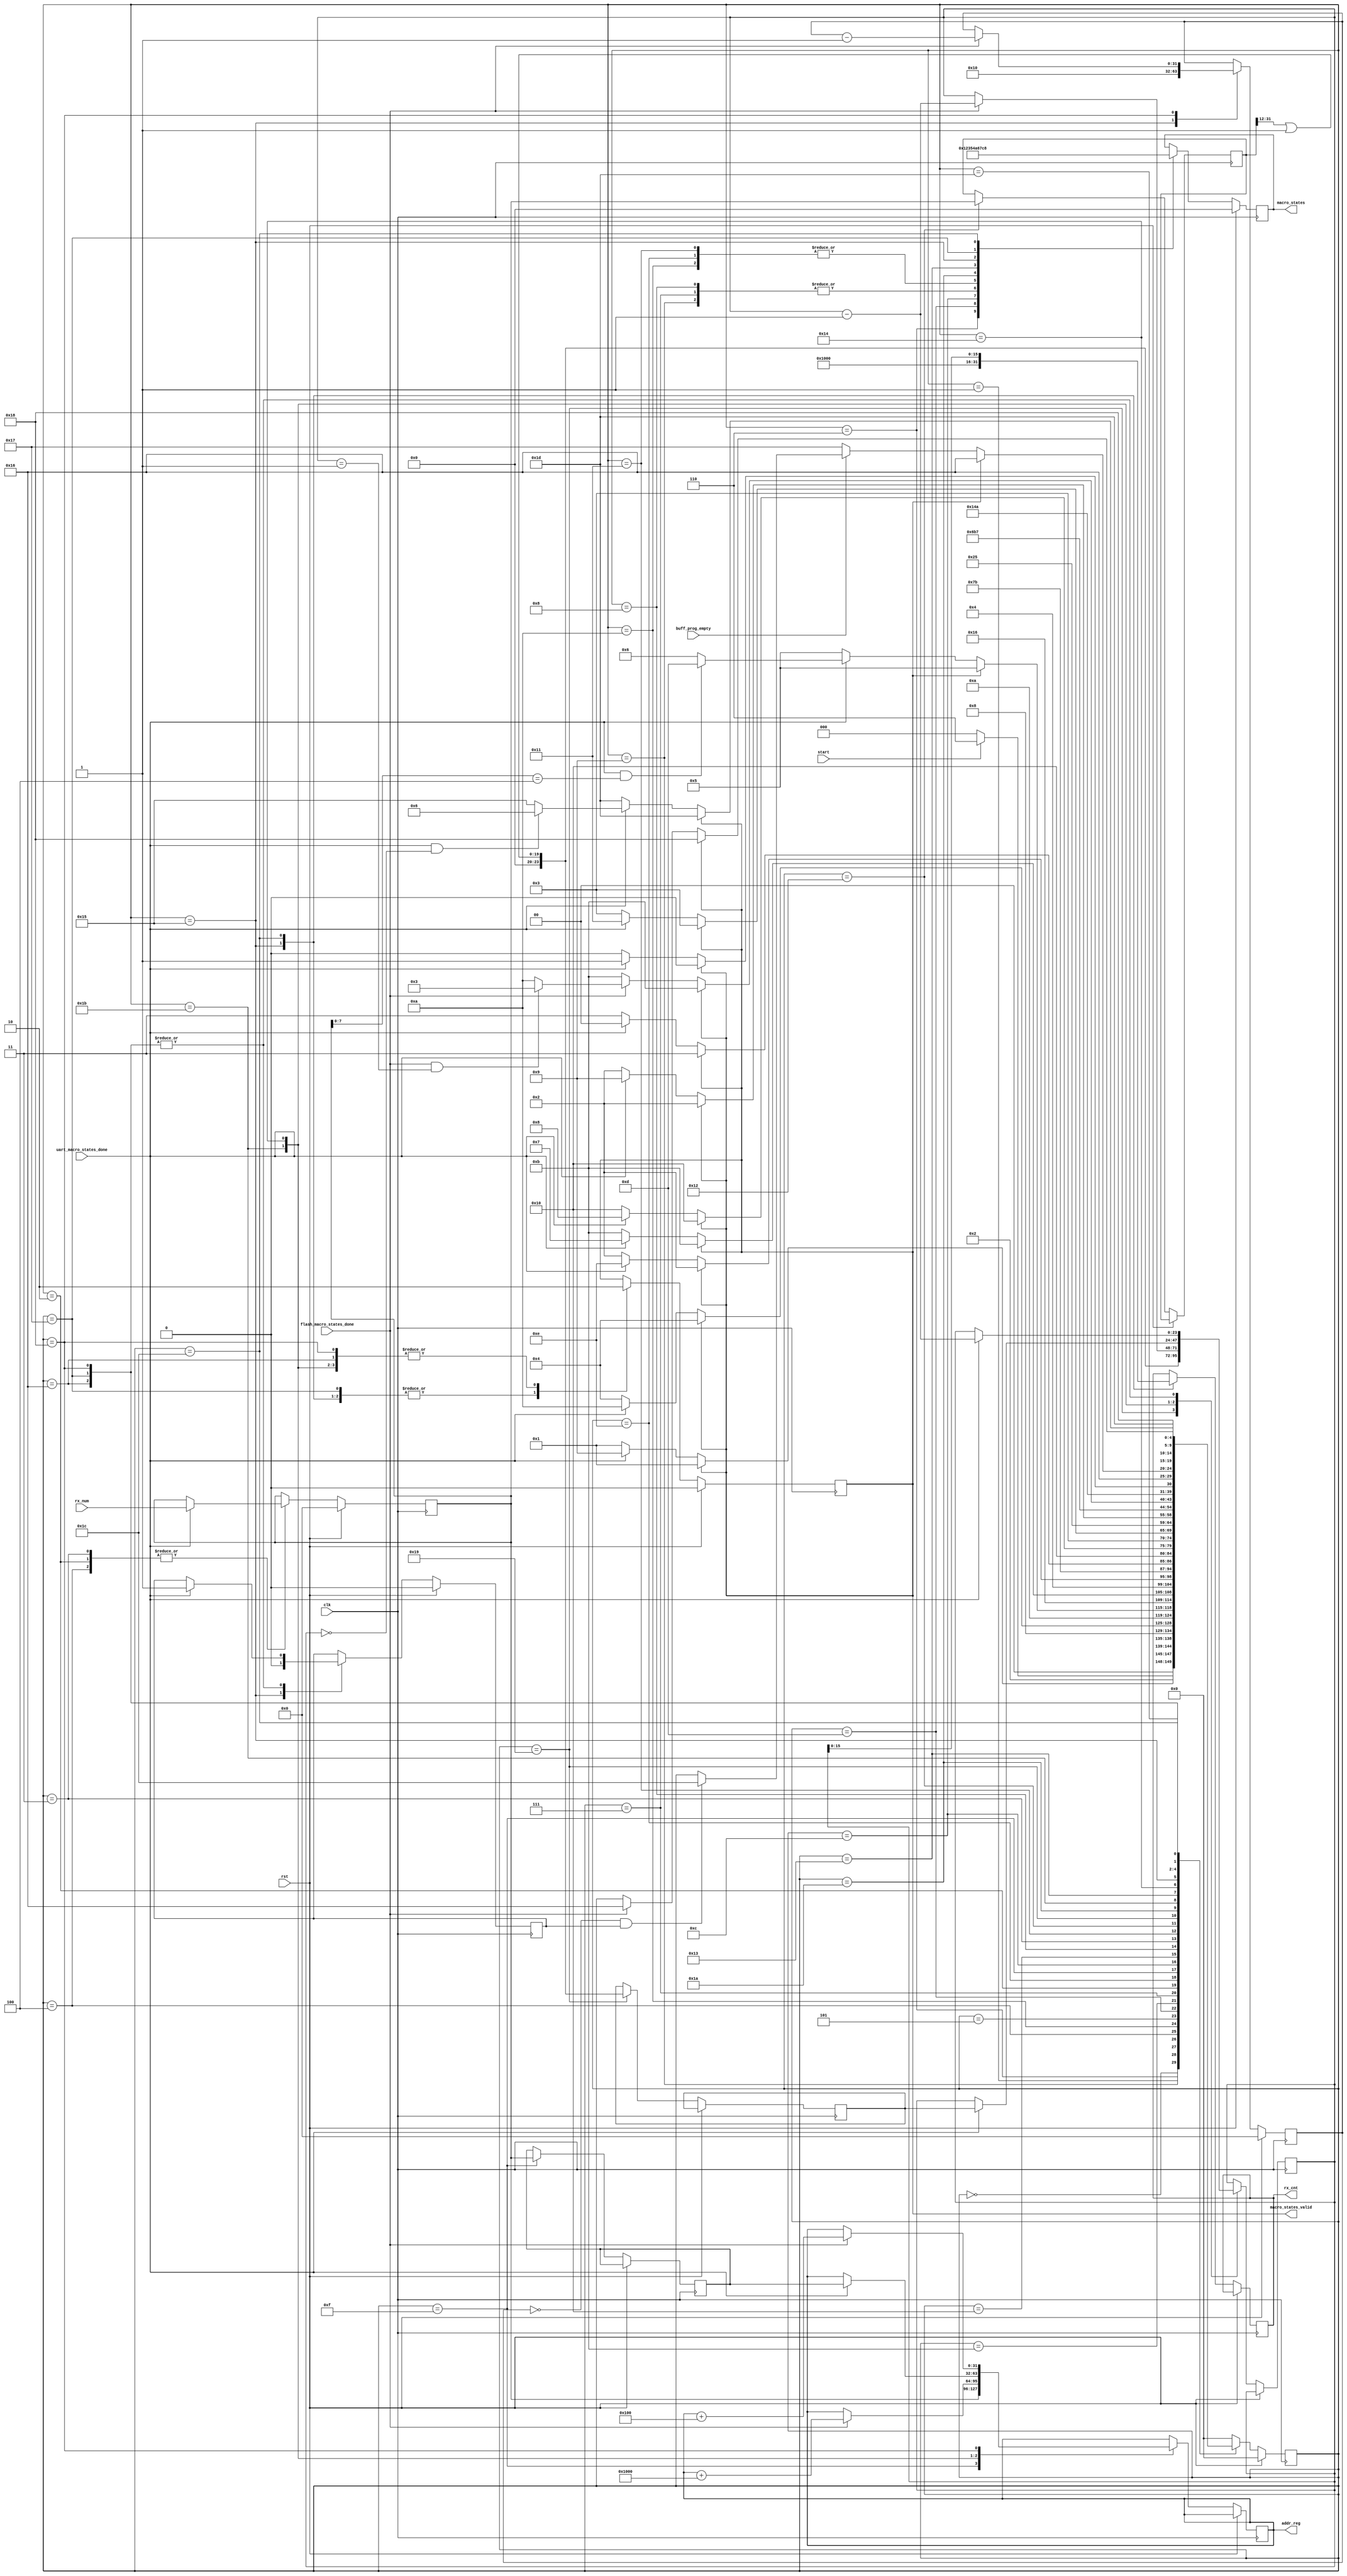
`timescale 1ns / 1ps
//////////////////////////////////////////////////////////////////////////////////
//////////////////////////////////////////////////////////////////////////////////
module macro_state_machine
(
    input                   clk,             	// Clock signal
    input                   rst,            	// Active-high, synchronous reset
    input                   start,
    output reg [3:0]        macro_states,
    output reg              macro_states_valid,
    input                   uart_macro_states_done,
    input                   flash_macro_states_done,
    input                   buff_prog_empty,
    input [31:0]            rx_num,
    output reg [15:0]       rx_cnt,
    output reg [31:0]       addr_reg
);

reg [31:0]       data_len_reg;
reg [23:0]       sec4kB_len_reg;
reg [23:0]       sec4kB_len_cnt;
reg [31:0]       start_addr_reg;

parameter IDLE       = 5'b00000;
parameter SetMenu    = 5'b00110;
parameter WtSMUEnd   = 5'b00001;
parameter QstMenu    = 5'b01001;
parameter WtQMuEnd   = 5'b00100;
parameter SetQMLn    = 5'b01010;
parameter WtSQMLnEnd = 5'b00101;
parameter SetAddr    = 5'b01101;
parameter WtSAddrEnd = 5'b01011;
parameter QstAddr    = 5'b00111;
parameter WtQAddrEnd = 5'b00010;
parameter SAddrLn    = 5'b01110;
parameter WtSADLnEnd = 5'b01111;
parameter SetDatLen  = 5'b01100;
parameter WtSDataEnd = 5'b10000;
parameter QstLen     = 5'b01000;
parameter WtQLenEnd  = 5'b00011;
parameter SDataLn    = 5'b10001;
parameter WtSDaLnEnd = 5'b10010;
parameter SetReadFl  = 5'b10011;
parameter WtSRdFlEnd = 5'b10100;
parameter Qst4kFl    = 5'b10101;
parameter WtQ4kFlEnd = 5'b10110;
parameter SetFlashWrPg = 5'b10111;
parameter WtFshPgEnd = 5'b11000;
parameter Calc4kBSec = 5'b11001;
parameter ERS4kBSec  = 5'b11010;
parameter WtERs4kBSec = 5'b11011;
parameter SetAck      = 5'b11100;
parameter WtSSetAck   = 5'b11101;

//macro_states
parameter SetUARTMenu   = 4'h1;
parameter SetUARTAddr   = 4'h2;
parameter SetUARTData   = 4'h3;
parameter SendUARTNewLn = 4'h4;
parameter WaitUARTMsg   = 4'h5;
parameter SetUARTRdFl   = 4'h6;
parameter BuffUART      = 4'h7;
parameter SetUARTAck    = 4'h8;

parameter FlashERS4kB   = 4'hA;
parameter FlashRdID     = 4'hB;
parameter FlashWrPg     = 4'hC;
parameter FlashRdPg     = 4'hD;
parameter FlashRdSR     = 4'hE;
parameter FlashRdFR     = 4'hF;

//Flash
parameter PgByteWidth       = 8;
parameter PgByteCnt         = 2**PgByteWidth;
parameter Sect4kBWidth      = 12;
parameter Sect4kBCnt        = 2**Sect4kBWidth;

reg [31:0]  rx_num_reg;
reg [31:0]  pg_cnt;
reg         SecRcvAck;

reg [4:0]   states;
always @(posedge clk)
   if (rst) begin
      states <= IDLE;

      macro_states = 0;
      macro_states_valid = 0;
      rx_num_reg = 0;
      pg_cnt = 0;
      SecRcvAck = 0;
   end
   else
      case (states)
         IDLE : begin
            if (start == 1)
               states <= SetMenu;
            else
               states <= IDLE;
         end
         SetMenu : begin
            if (0)
               states <= IDLE;
            else
               states <= WtSMUEnd;

            macro_states = SetUARTMenu;
            macro_states_valid = 1;
         end
         WtSMUEnd : begin
            if (macro_states_valid)
               states <= WtSMUEnd;
            else if (~uart_macro_states_done)
               states <= WtSMUEnd;
            else if(uart_macro_states_done)
               states <= QstMenu;

            macro_states_valid = 0;
         end
         QstMenu : begin
            if (0)
               states <= IDLE;
            else
               states <= WtQMuEnd;

            macro_states = WaitUARTMsg;
            macro_states_valid = 1;
         end
         WtQMuEnd : begin
            if (macro_states_valid)
               states <= WtQMuEnd;
            else if (~uart_macro_states_done)
               states <= WtQMuEnd;
            else if(uart_macro_states_done)
               states <= SetQMLn;

            macro_states_valid = 0;
            if(uart_macro_states_done)
                rx_num_reg = rx_num;
         end
         SetQMLn : begin
            if (0)
               states <= IDLE;
            else
               states <= WtSQMLnEnd;

            macro_states = SendUARTNewLn;
            macro_states_valid = 1;
         end
         WtSQMLnEnd : begin
            if (macro_states_valid)
               states <= WtSQMLnEnd;
            else if (~uart_macro_states_done)
               states <= WtSQMLnEnd;
            else if(uart_macro_states_done && rx_num_reg[7:0] == 4)
               states <= SetAddr;
            else if(uart_macro_states_done)
               states <= SetMenu;

            macro_states_valid = 0;
         end
         SetAddr : begin
            if (0)
               states <= IDLE;
            else
               states <= WtSAddrEnd;

            macro_states = SetUARTAddr;
            macro_states_valid = 1;
         end
         WtSAddrEnd : begin
            if (macro_states_valid)
               states <= WtSAddrEnd;
            else if (~uart_macro_states_done)
               states <= WtSAddrEnd;
            else if(uart_macro_states_done)
               states <= QstAddr;

            macro_states_valid = 0;
         end
         QstAddr : begin
            if (0)
               states <= IDLE;
            else
               states <= WtQAddrEnd;

            macro_states = WaitUARTMsg;
            macro_states_valid = 1;
         end
         WtQAddrEnd : begin
            if (macro_states_valid)
               states <= WtQAddrEnd;
            else if (~uart_macro_states_done)
               states <= WtQAddrEnd;
            else if(uart_macro_states_done)
               states <= SAddrLn;

            macro_states_valid = 0;
            if(uart_macro_states_done)
                rx_num_reg = rx_num;
         end
         SAddrLn : begin
            if (0)
               states <= IDLE;
            else
               states <= WtSADLnEnd;

            macro_states = SendUARTNewLn;
            macro_states_valid = 1;
         end
         WtSADLnEnd : begin
            if (macro_states_valid)
               states <= WtSADLnEnd;
            else if (~uart_macro_states_done)
               states <= WtSADLnEnd;
            else if(uart_macro_states_done)
               states <= SetDatLen;

            addr_reg = rx_num_reg;
            start_addr_reg = rx_num_reg;
            macro_states_valid = 0;
         end
         SetDatLen : begin
            if (0)
               states <= IDLE;
            else
               states <= WtSDataEnd;

            macro_states = SetUARTData;
            macro_states_valid = 1;
         end
         WtSDataEnd : begin
            if (macro_states_valid)
               states <= WtSDataEnd;
            else if (~uart_macro_states_done)
               states <= WtSDataEnd;
            else if(uart_macro_states_done)
               states <= QstLen;

            macro_states_valid = 0;
         end
         QstLen : begin
            if (0)
               states <= IDLE;
            else
               states <= WtQLenEnd;

            macro_states = WaitUARTMsg;
            macro_states_valid = 1;
         end
         WtQLenEnd : begin
            if (macro_states_valid)
               states <= WtQLenEnd;
            else if (~uart_macro_states_done)
               states <= WtQLenEnd;
            else if(uart_macro_states_done)
               states <= SDataLn;

            macro_states_valid = 0;
            if(uart_macro_states_done)
                rx_num_reg = rx_num;
         end
         SDataLn : begin
            if (0)
               states <= IDLE;
            else
               states <= WtSDaLnEnd;

            macro_states = SendUARTNewLn;
            macro_states_valid = 1;
         end
         WtSDaLnEnd : begin
            if (macro_states_valid)
               states <= WtSDaLnEnd;
            else if (~uart_macro_states_done)
               states <= WtSDaLnEnd;
            else if(uart_macro_states_done)
               states <= Calc4kBSec;

            data_len_reg = rx_num_reg;
            macro_states_valid = 0;
         end
         Calc4kBSec : begin
            if (0)
               states <= IDLE;
            else
               states <= ERS4kBSec;

            sec4kB_len_reg = (data_len_reg >> Sect4kBWidth) | 24'b1;
            sec4kB_len_cnt = (data_len_reg >> Sect4kBWidth) | 24'b1;
         end
         ERS4kBSec : begin
            if (0)
               states <= IDLE;
            else
               states <= WtERs4kBSec;

            macro_states = FlashERS4kB;
            macro_states_valid = 1;
         end
         WtERs4kBSec : begin
            if (macro_states_valid)
               states <= WtERs4kBSec;
            else if (~flash_macro_states_done)
               states <= WtERs4kBSec;
            else if(flash_macro_states_done && sec4kB_len_cnt == 1)
               states <= SetReadFl;
            else if(flash_macro_states_done)
               states <= ERS4kBSec;

            macro_states_valid = 0;
            if(flash_macro_states_done)
            begin
                addr_reg = addr_reg + Sect4kBCnt;
                sec4kB_len_cnt = sec4kB_len_cnt - 1;
            end
         end
         SetReadFl : begin
            if (0)
               states <= IDLE;
            else
               states <= WtSRdFlEnd;

            macro_states = SetUARTRdFl;
            macro_states_valid = 1;
         end
         WtSRdFlEnd : begin
            if (macro_states_valid)
               states <= WtSRdFlEnd;
            else if (~uart_macro_states_done)
               states <= WtSRdFlEnd;
            else if(uart_macro_states_done)
               states <= Qst4kFl;

            if(uart_macro_states_done)
            begin
                addr_reg = start_addr_reg;
                sec4kB_len_cnt = sec4kB_len_reg;
            end
            macro_states_valid = 0;
         end
         Qst4kFl : begin
            if (0)
               states <= IDLE;
            else
               states <= WtQ4kFlEnd;

            macro_states = BuffUART;
            macro_states_valid = 1;
            rx_cnt = Sect4kBCnt;
            pg_cnt = 32'h1 << (Sect4kBWidth - PgByteWidth);
            SecRcvAck = 0;
         end
         WtQ4kFlEnd : begin
            if (macro_states_valid)
               states <= WtQ4kFlEnd;
            else if(~buff_prog_empty)
                states = SetFlashWrPg;
            else if(pg_cnt == 0 && SecRcvAck)
                states = SetAck;

            if(uart_macro_states_done)
            begin
                SecRcvAck = 1;
                sec4kB_len_cnt = sec4kB_len_cnt - 1;
            end
            macro_states_valid = 0;
         end
         SetFlashWrPg : begin
            if (0)
               states <= SetFlashWrPg;
            else
                states = WtFshPgEnd;

            if(uart_macro_states_done)
            begin
                SecRcvAck = 1;
                sec4kB_len_cnt = sec4kB_len_cnt - 1;
            end
            macro_states = FlashWrPg;
            macro_states_valid = 1;
         end
         WtFshPgEnd : begin
            if (macro_states_valid)
               states <= WtFshPgEnd;
            else if(flash_macro_states_done)
                states = WtQ4kFlEnd;

            macro_states_valid = 0;
            if(flash_macro_states_done)
            begin
                addr_reg = addr_reg + PgByteCnt;
                pg_cnt = pg_cnt - 1;
            end
            if(uart_macro_states_done)
            begin
                SecRcvAck = 1;
                sec4kB_len_cnt = sec4kB_len_cnt - 1;
            end
         end
         SetAck : begin
            if (0)
               states <= IDLE;
            else
               states <= WtSSetAck;

            macro_states = SetUARTAck;
            macro_states_valid = 1;
            rx_cnt = sec4kB_len_cnt;
         end
         WtSSetAck : begin
            if (macro_states_valid)
               states <= WtSSetAck;
            else if (~uart_macro_states_done)
               states <= WtSSetAck;
            else if(uart_macro_states_done && sec4kB_len_cnt == 0)
               states <= SetMenu;
            else if(uart_macro_states_done)
               states <= Qst4kFl;

            macro_states_valid = 0;
         end
         default : begin  // Fault Recovery
            states <= IDLE;

         end
      endcase

endmodule